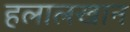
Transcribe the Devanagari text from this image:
हलालखान